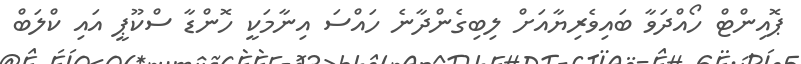
ޕޮއިންޓް ހޯއްދަވާ ބައިވެރިޔާއަށް ލިބިގެންދާނެ ހައްސަ އިނާމަކީ ހޮންޑާ ސްކޫޕީ އައި ކްލަބް